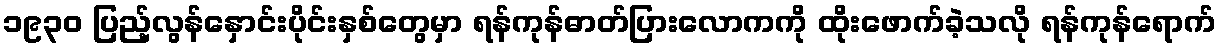
၁၉၃၀ ပြည့်လွန်နှောင်းပိုင်းနှစ်တွေမှာ ရန်ကုန်ဓာတ်ပြားလောကကို ထိုးဖောက်ခဲ့သလို ရန်ကုန်ရောက်